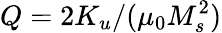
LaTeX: Q=2K_{u}/(\mu_{0}M_{s}^{2})